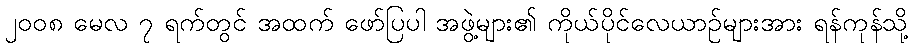
၂၀၀၈ မေလ ၇ ရက်တွင် အထက် ဖော်ပြပါ အဖွဲ့များ၏ ကိုယ်ပိုင်လေယာဉ်များအား ရန်ကုန်သို့